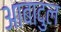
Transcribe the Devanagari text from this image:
आबादुल